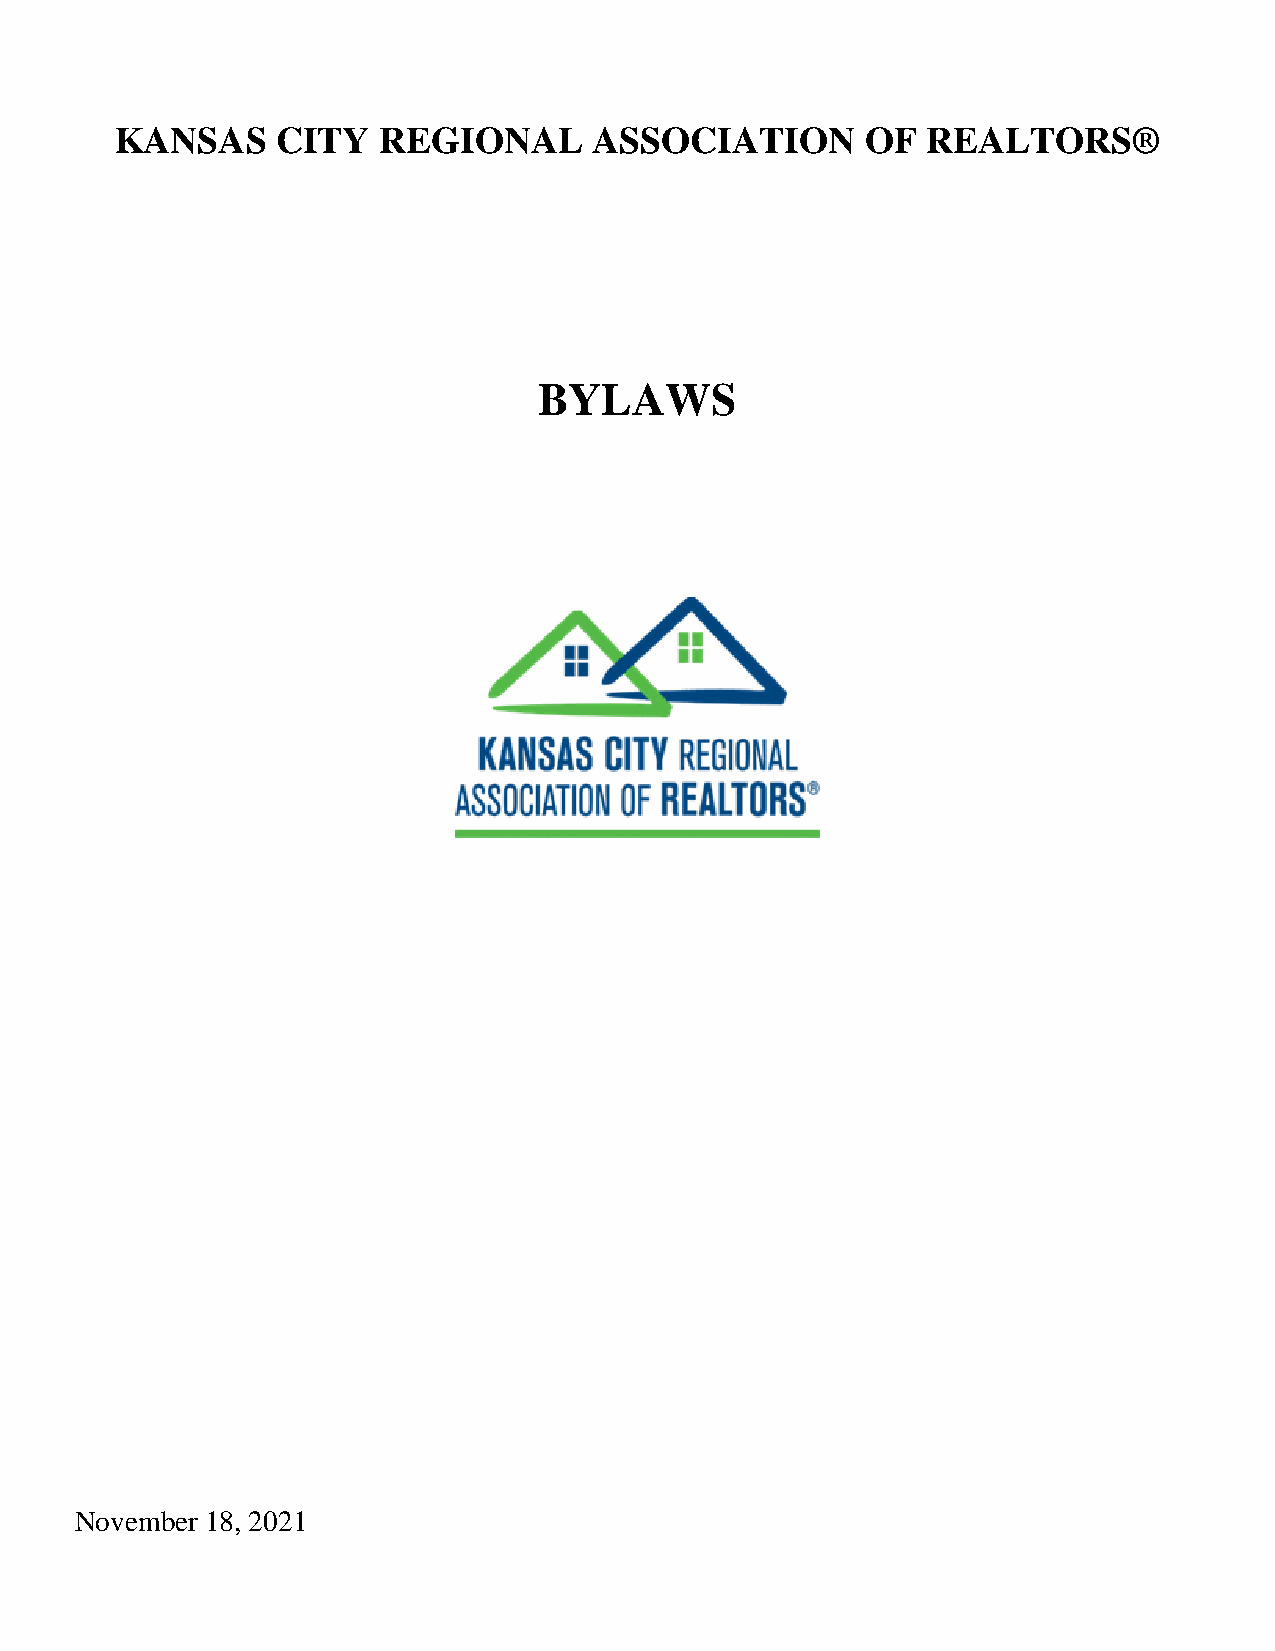
KANSAS    CITY   REGIONAL      ASSOCIATION       OF  REALTORS®
 BYLAWS
 November 18, 2021